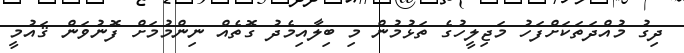
ދިގު މުއްދަތަކަށްފަހު މަޖިލީހުގެ ތަޅުމުން މި ބިލާއިމެދު ގޮތެއް ނިންމުމަށް ފޮނުވަން ޤައުމީ